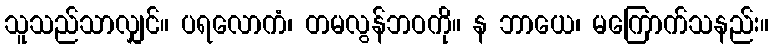
သူသည်သာလျှင်။ ပရလောကံ၊ တမလွန်ဘဝကို။ န ဘာယေ၊ မကြောက်သနည်း။